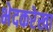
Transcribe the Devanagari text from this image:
भेदकरेखा